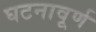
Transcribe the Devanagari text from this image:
घटनावूर्ण